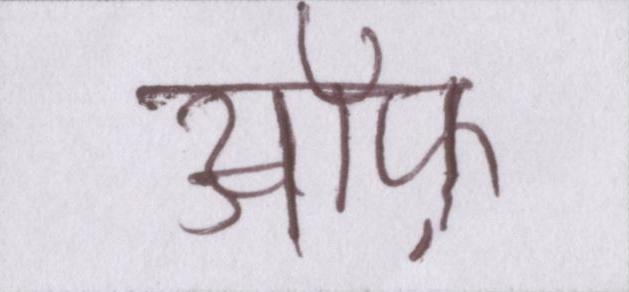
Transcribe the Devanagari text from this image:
ऑफ़